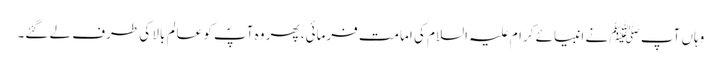
وہاں آپ ﷺ نے انبیائے کرام علیہ السلام کی امامت فرمائی، پھر وہ آپؐ کو عالم بالا کی طرف لے گئے۔